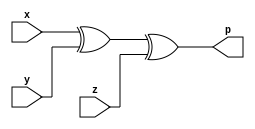
module even_pg (p,x,y,z);
    output p;
    input x,y,z;
    assign p = x^y^z;
endmodule